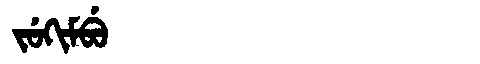
Manchu: ᠵᡠᡴᡳᠮᠪᡠ
Romanization: JUKIMBU